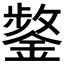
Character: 𮢸